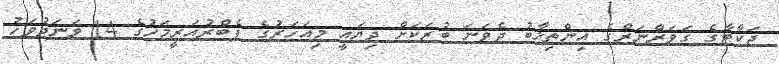
ޖަކާޓާގެ ގަވަރްނަރްގެ އިންތިޚާބު ދެވަނަ ބުރަކަށް ދިޔައީ މިއަހަރުގެ ފެބްރުއަރީމަހުގެ 14 ވަނަދުވަހު